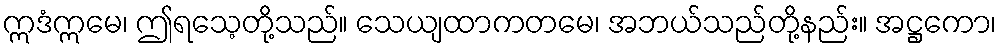
ဣဒံဣမေ၊ ဤရသေ့တို့သည်။ သေယျထာကတမေ၊ အဘယ်သည်တို့နည်း။ အဋ္ဌကော၊